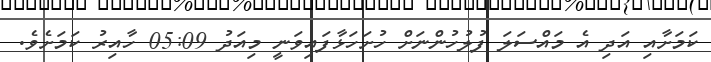
ކަމަށާއި އަދި އެ މައްސަލަ ފުލުހުންނަށް ހުށަހަޅާފައިވަނީ މިއަދު 05:09 ހާއިރު ކަމަށެވެ.